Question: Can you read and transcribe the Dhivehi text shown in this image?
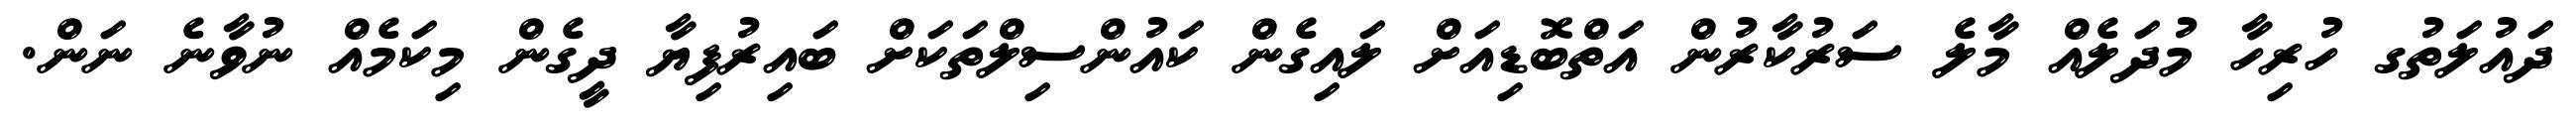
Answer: ދައުލަތުގ ހުރިހާ މުދަލެއް މާލެ ސަރުކާރުން އަތްބޮޑިއަށް ލައިގެން ކައުންސިލްތަކަށް ބައިރުފިޔާ ދީގެން މިކަމެއް ނުވާނެ ނަން.